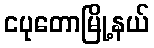
ငပုတောမြို့နယ်